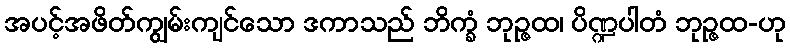
အပင့်အဖိတ်ကျွမ်းကျင်သော ဒကာသည် ဘိက္ခံ ဘုဉ္ဇထ၊ ပိဏ္ဍပါတံ ဘုဉ္ဇထ-ဟု